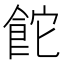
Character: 𮨻